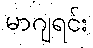
မာဂျရင်း